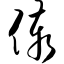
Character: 傣